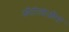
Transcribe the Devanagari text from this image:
ओंटोलोजीस